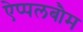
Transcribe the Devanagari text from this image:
ऐप्पलबौम